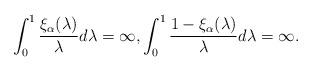
LaTeX: \begin{align*}\int_0^1 \frac{\xi_\alpha(\lambda)}{\lambda}d\lambda=\infty,\int_0^1 \frac{1-\xi_\alpha(\lambda)}{\lambda}d\lambda=\infty.\end{align*}